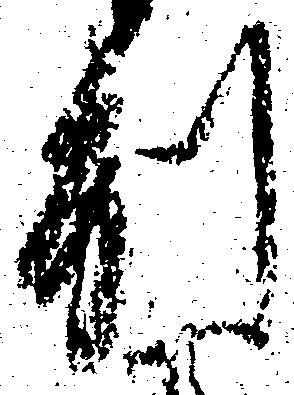
別